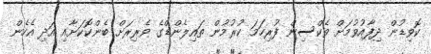
ކޮވިޑުން ދިފާއުވުމަށް ވެކްސިން ފުރިހަމަ ކުރުމުން ތައިލެންޑްގެ ވެރިރަށް ބެންކޮކަށާއި އަދި އެހެން